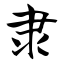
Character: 隶